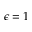
\epsilon = 1